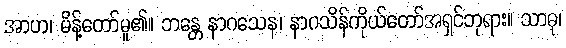
အာဟ၊ မိန့်တော်မူ၏။ ဘန္တေ နာဂသေန၊ နာဂသိန်ကိုယ်တော်အရှင်ဘုရား။ သာဓု၊